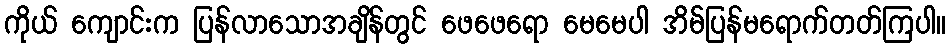
ကိုယ် ကျောင်းက ပြန်လာသောအချိန်တွင် ဖေဖေရော မေမေပါ အိမ်ပြန်မရောက်တတ်ကြပါ။